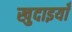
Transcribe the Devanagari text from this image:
खुदाइयाँ